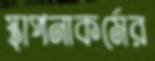
স্থাপনাকর্মের